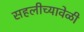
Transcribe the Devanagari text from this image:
सहलीच्यावेळी